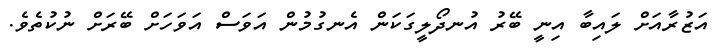
އަޒުރާއަށް ލައިބާ އިނީ ބޭރު އުނދޯލީގަކަން އެނގުމުން އަވަސް އަވަހަށް ބޭރަށް ނުކުތެވެ.